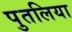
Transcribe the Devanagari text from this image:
पुतलिया